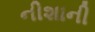
નીશાની